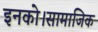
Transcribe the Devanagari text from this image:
इनको।सामाजिक